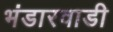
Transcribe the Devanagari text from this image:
भंडारवाडी